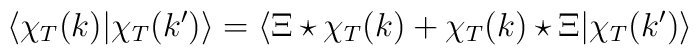
\langle\chi_T(k)|\chi_T(k')\rangle=\langle\Xi\star\chi_T(k)+\chi_T(k)\star\Xi|\chi_T(k')\rangle